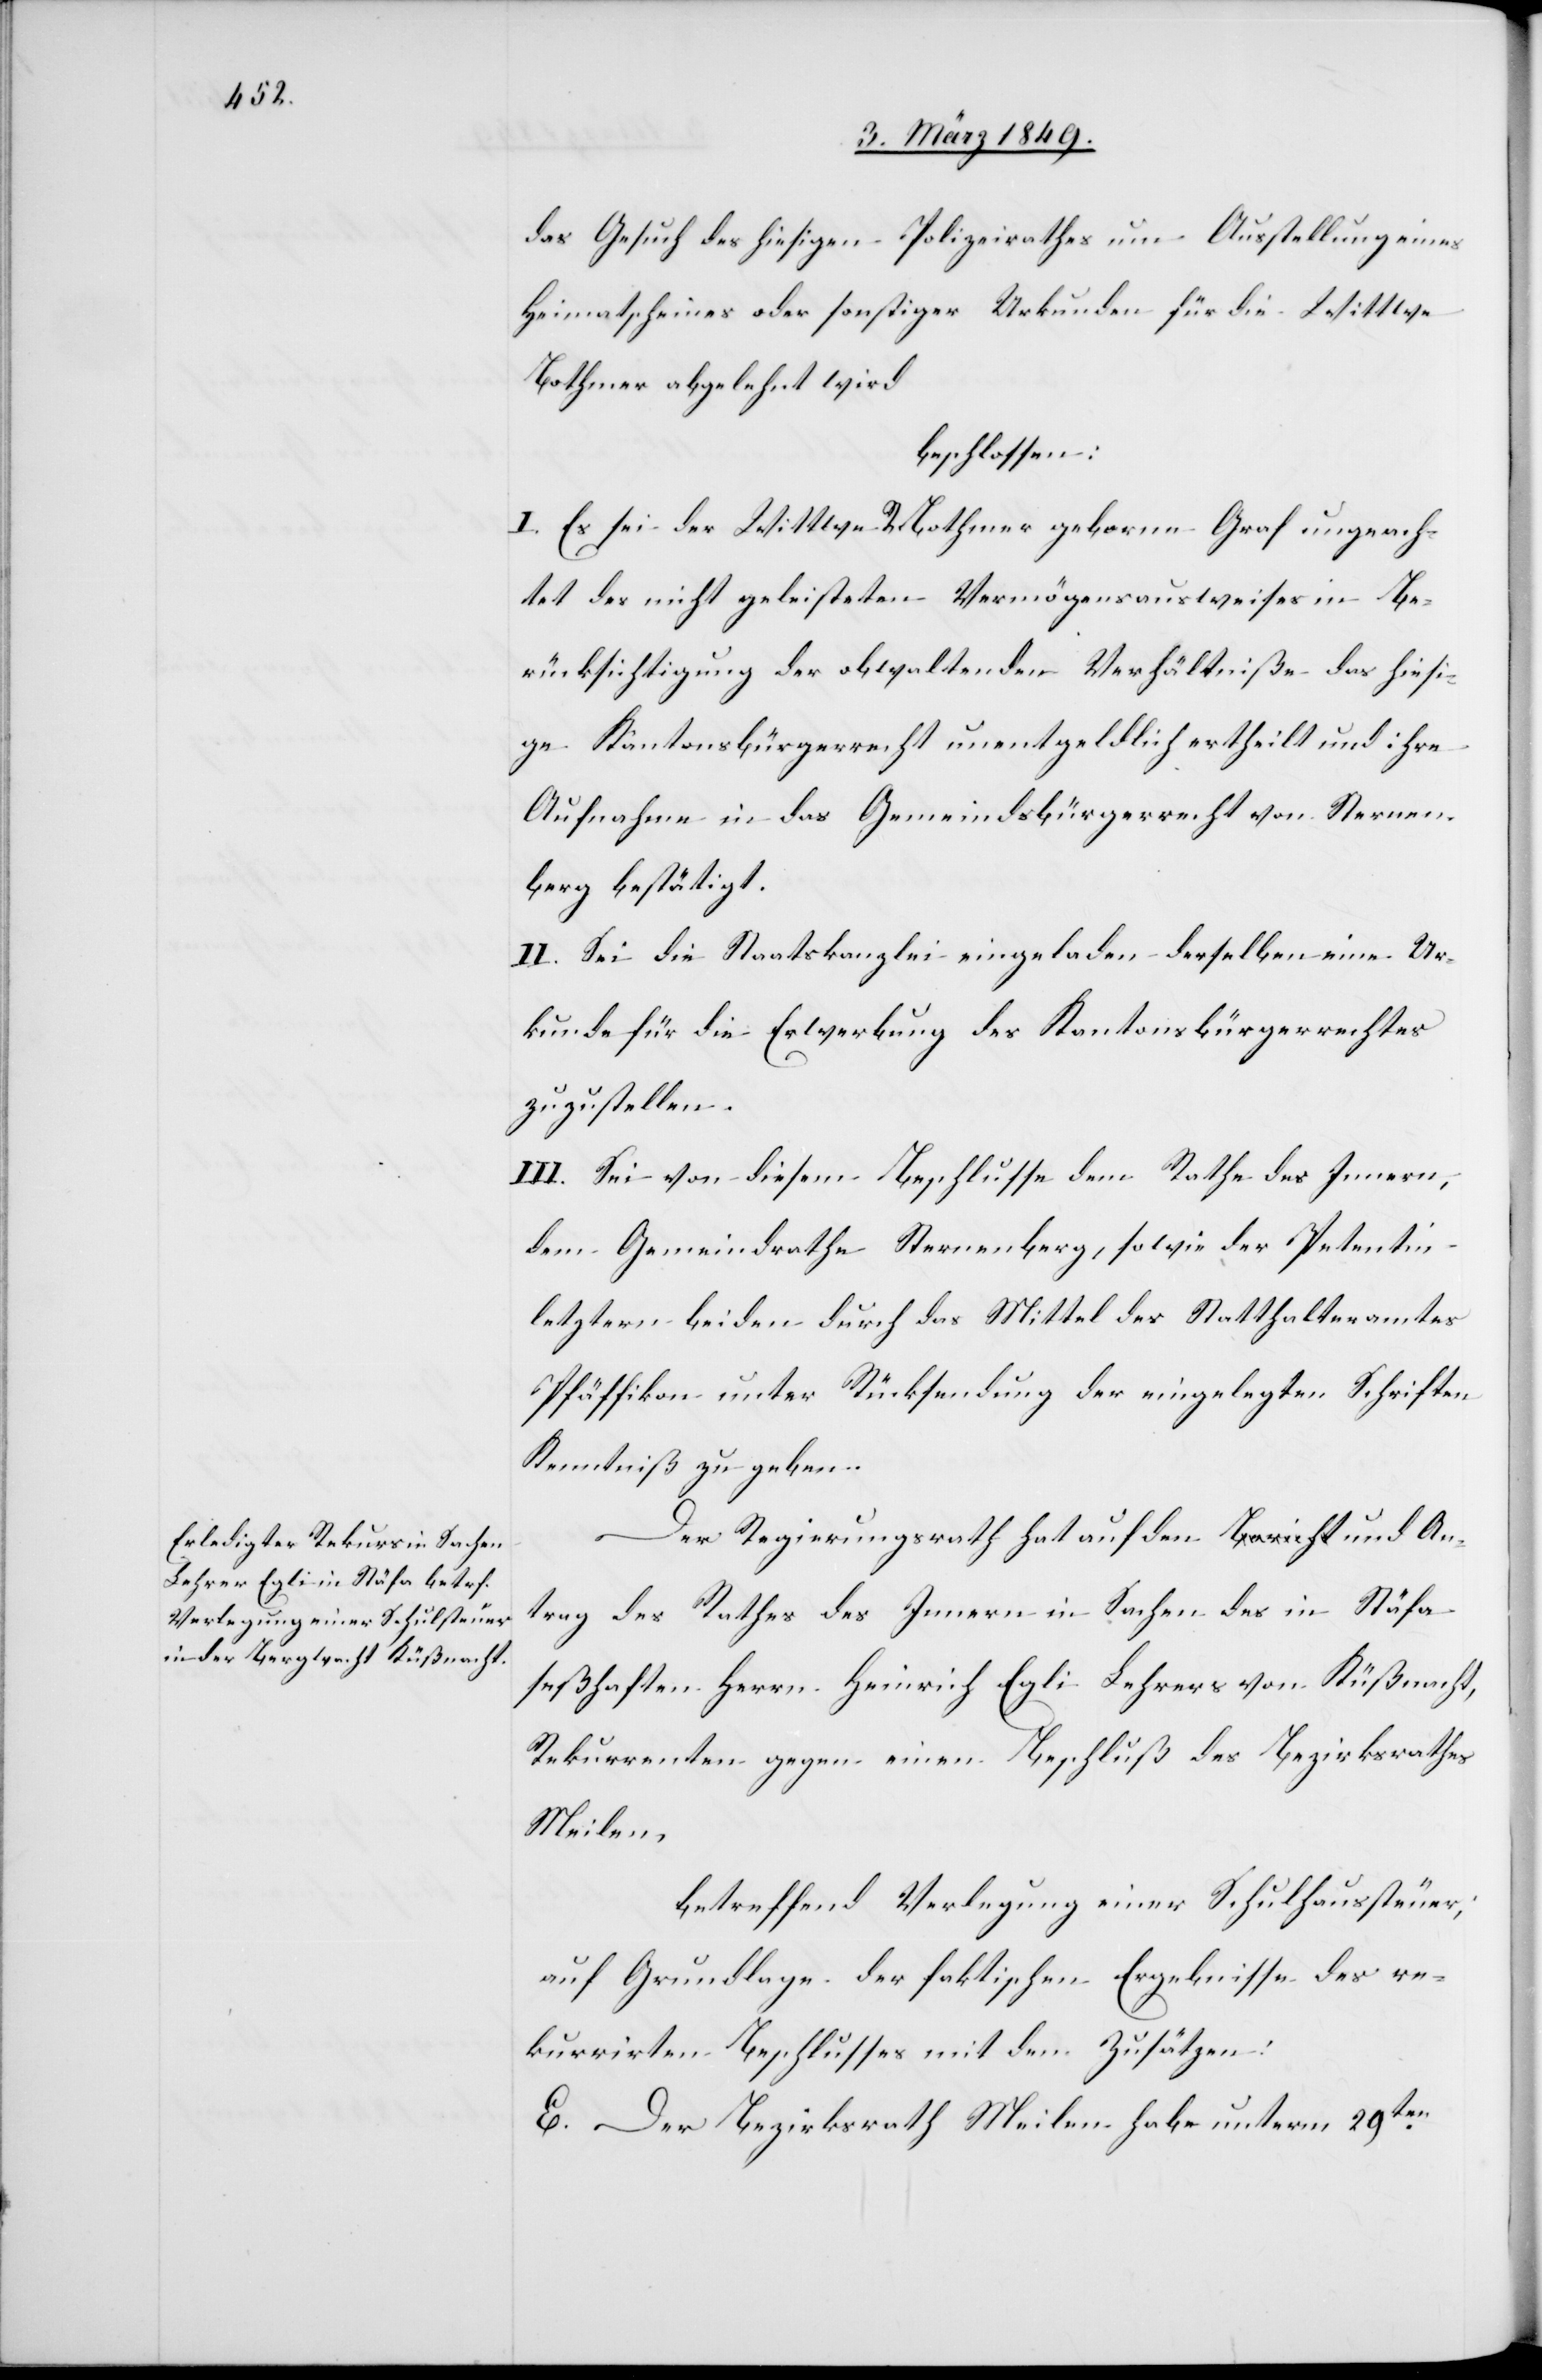
das Gesuch des hiesigen Polizeirathes um Ausstellung eines
Heimatscheines oder sonstiger Urkunde für die Wittwe
Bothmer abgelehnt wird
beschlossen:
I. Es sei der Wittwe R. Bothmer geborne Graf ungeach¬
tet des nicht geleisteten Vermögensausweises in Be¬
rücksichtigung der obwaltenden Verhältniße das hiesi¬
ge Kantonsbürgerrecht unentgeldlich ertheilt und ihre
Aufnahme in das Gemeindsbürgerrecht von Sternen¬
berg bestätigt.
II. Sei die Staatskanzlei eingeladen derselben eine Ur¬
kunde für die Erwerbung des Kantonsbürgerrechtes
zuzustellen.
III. Sei von diesem Beschlusse dem Rathe des Innern,
dem Gemeindrathe Sternenberg, sowie der Petentin
letztern beiden durch das Mittel des Statthalteramtes
Pfäffikon unter Rückstellung der eingelegten Schriften
Kenntniß zu geben.
Der Regierungsrath hat auf den a-Bericht-a und An¬
trag des Rathes des Innern in Sachen des in Stäfa
seßhaften Herrn Heinrich Egli Lehrers von Küßnacht,
Rekurrenten gegen einen Beschluß des Bezirksrathes
Meilen
betreffend Verlegung einer Schulhaussteuer;
auf Grundlage der faktischen Ergebnisse des re¬
kurrirten Beschlusses mit den Zusätzen:
E. Der Bezirksrath Meilen habe unterm 29ten.